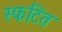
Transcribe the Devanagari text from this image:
स्फटित